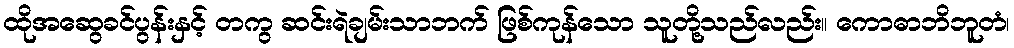
ထိုအဆွေခင်ပွန်းနှင့် တကွ ဆင်းရဲချမ်းသာဘက် ဖြစ်ကုန်သော သူတို့သည်လည်း။ ကောဓာဘိဘူတံ၊